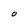
Character: O